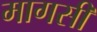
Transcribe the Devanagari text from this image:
मागसी